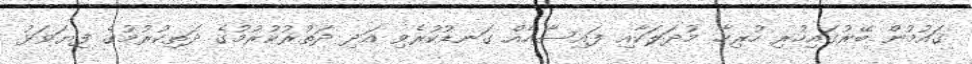
ގައުމުން ބޭރުގައިހުރި ހުރިހާ މުދަލަކާއި ފައިސާއެއް ގަނޑުކުރެވި އަދި ދަތުރުކުރުމުގެ ދަތިކުރުމުގެ ފިޔަވަޅު